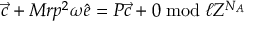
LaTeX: { \vec { c } } + M r p ^ { 2 } \omega { \hat { e } } = { \cal P } { \vec { c } } + 0 \bmod { \ell Z ^ { N _ { A } } }